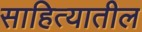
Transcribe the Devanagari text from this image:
साहित्‍यातील